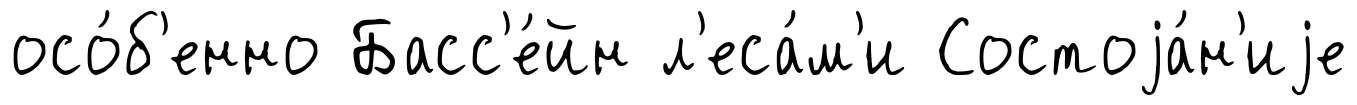
осо́б'енно Басс'е́йн л'еса́м'и Состоjа́н'иjе